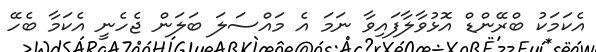
އެކަމަކު ބްރޭންޑް އޮޅުވާލާފައިވާ ނަމަ އެ މައްސަލަ ބަލަން ޖެހެނީ އެކަމާ ބެހޭ